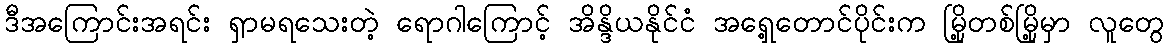
ဒီအကြောင်းအရင်း ရှာမရသေးတဲ့ ရောဂါကြောင့် အိန္ဒိယနိုင်ငံ အရှေ့တောင်ပိုင်းက မြို့တစ်မြို့မှာ လူတွေ